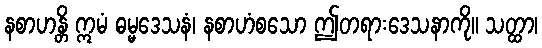
နစာဟန္တိ ဣမံ ဓမ္မဒေသနံ၊ နစာဟံစသော ဤတရားဒေသနာကို။ သတ္ထာ၊